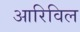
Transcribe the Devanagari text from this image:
आरिविल